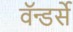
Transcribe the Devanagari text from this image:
वॅन्डर्से